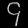
Digit: ၄